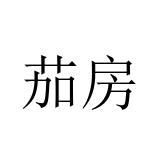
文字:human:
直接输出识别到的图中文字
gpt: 茄房